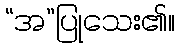
“အ”ပြုသေး၏။